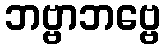
ဘဗ္ဗာဘဗ္ဗေ